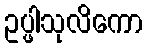
ဥပ္ဖါသုလိကော